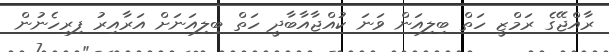
ރާއްޖޭގެ ރަމްޒީ ހަތް ބިލިއަން ވަނަ ކުއްޖާއާބާދީ ހަތް ބިލިއަނަށް އަރާއިރު ފިރިހެނުން